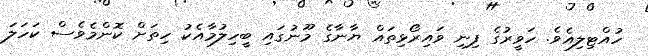
ހުއްޓިލިއެވެ. ހަވީރުގެ ފިނި ވައިރޯޅިތައް ޔާނާގެ މޫނުގައި ބީހިލުމާއެކު ހިތަށް ކޮންމެވެސް ކަހަލަ